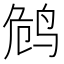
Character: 𱉭